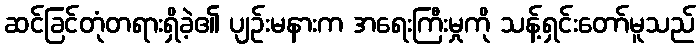
ဆင်ခြင်တုံတရားရှိခဲ့၏ ပျဉ်းမနားက အရေးကြီးမှုကို သန့်ရှင်းတော်မူသည်